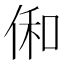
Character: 俰